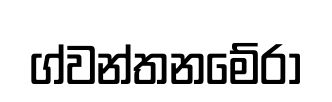
ග්වන්තනමේරා